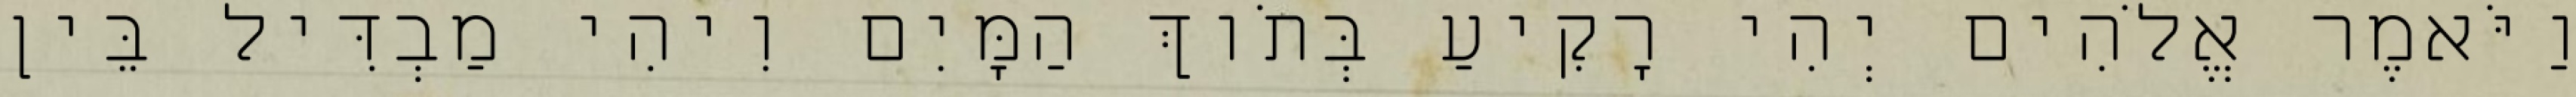
וַיֹּאמֶר אֱלֹהִים יְהִי רָקִיעַ בְּתֹוךְ הַמָּיִם וִיהִי מַבְדִּיל בֵּין